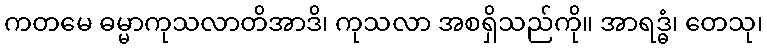
ကတမေ ဓမ္မာကုသလာတိအာဒိ၊ ကုသလာ အစရှိသည်ကို။ အာရဒ္ဓံ၊ တေသု၊